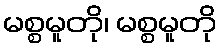
မစ္စမူတို၊ မစ္စမူတို